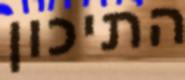
התיכון